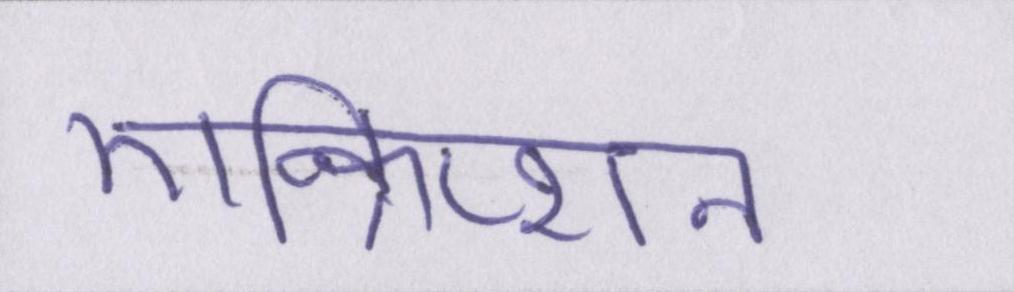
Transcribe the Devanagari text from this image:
एन्क्रिप्शन